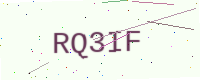
Text: RQ3IF